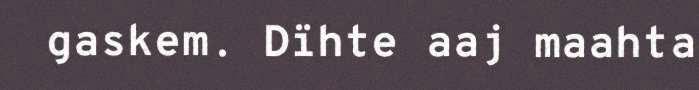
gaskem. Dïhte aaj maahta